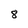
Character: 8